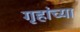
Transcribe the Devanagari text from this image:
गृहांच्या